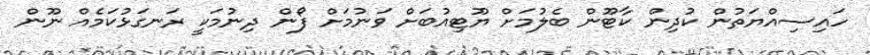
ހައިސިއްޔަތުން ކުދިން ކާޓޫން ބެލުމަށް ޔޫޓިއުބަށް ވަނުމަށް ފޯން ދިނުމަކީ ރަނގަޅުކަމެއް ނޫން